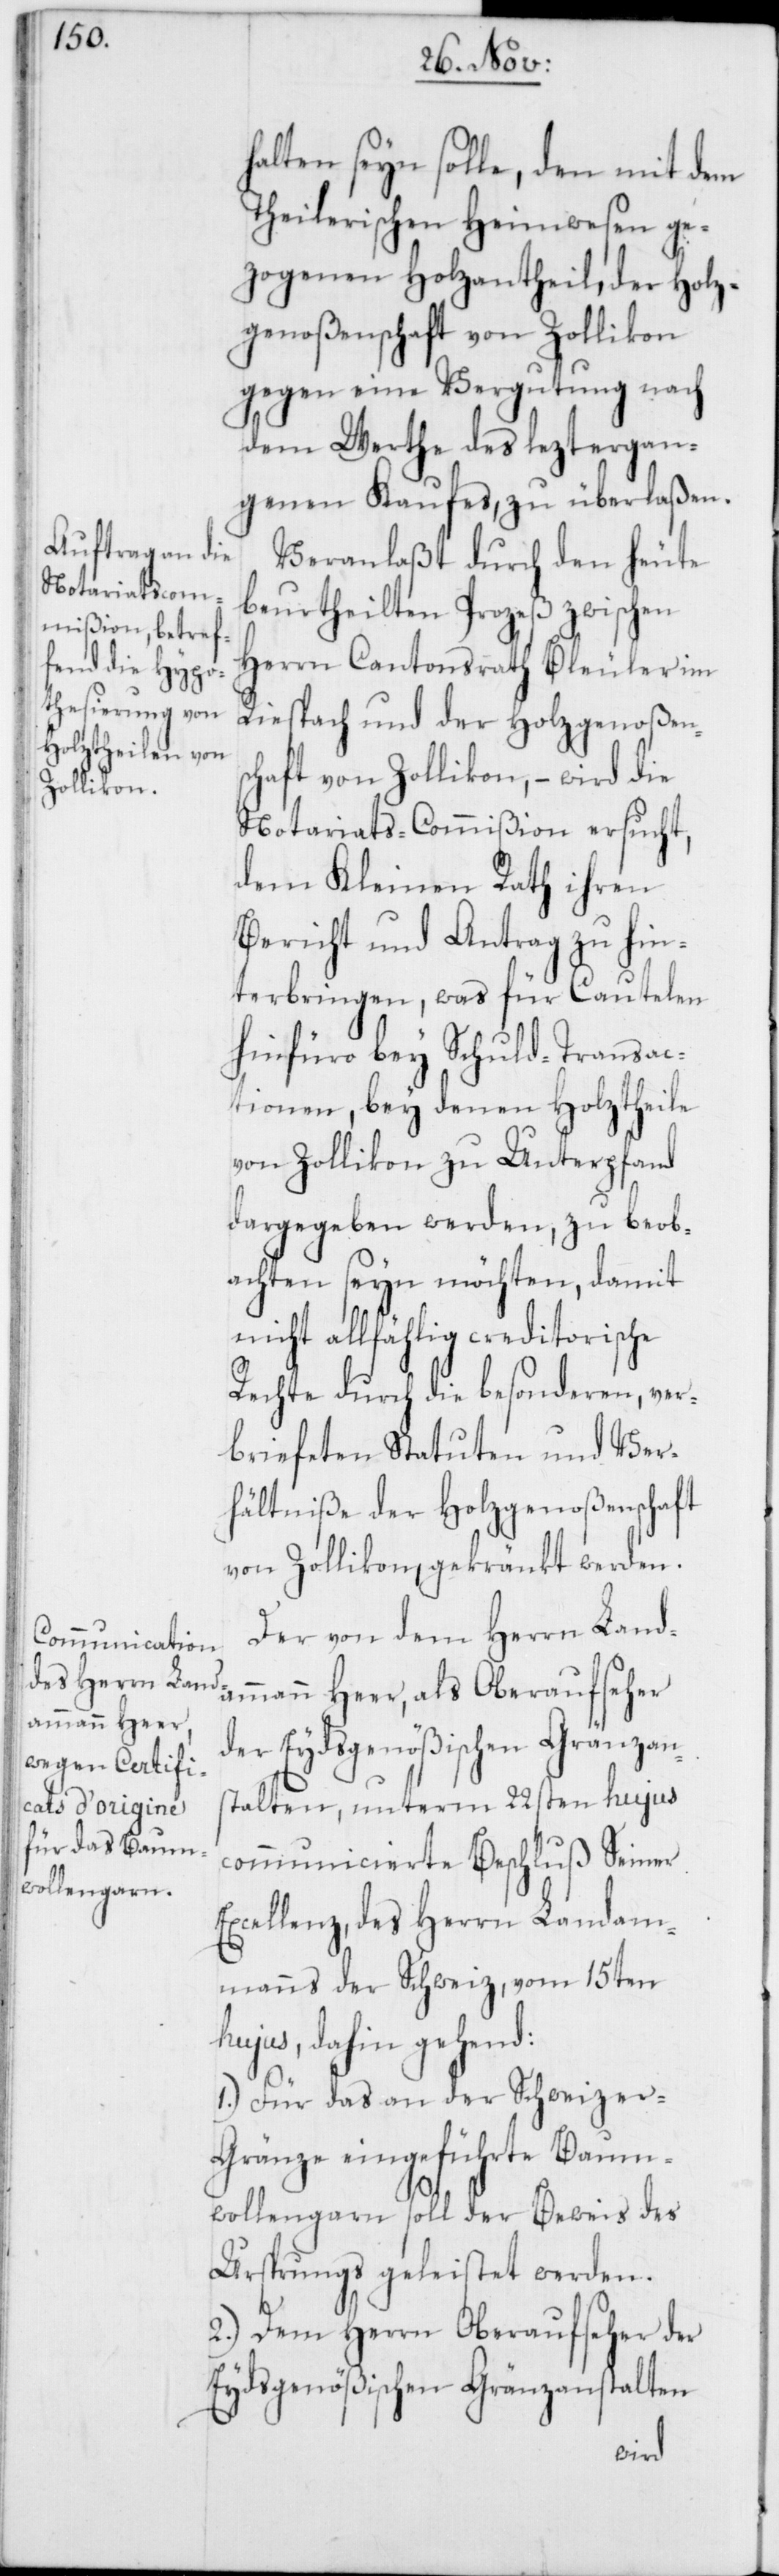
halten seyn solle, den mit dem
Theilerischen Heimwesen ge¬
zogenen Holzantheil, der Holz¬
genoßenschaft von Zollikon
gegen eine Vergutung nach
dem Werthe des leztergan¬
genen Kaufes, zu überlaßen.
Veranlaßt durch den heute
beurtheilten Prozeß zwischen
Herrn Cantonsrath Bleuler im
Riespach und der Holzgenoßens¬
chaft von Zollikon, – wird die
Notariats-Commißion ersucht,
dem Kleinen Rath ihren
Bericht und Antrag zu hin¬
terbringen, was für Cautelen
hinfüro bey Schuld-Transac¬
tionen, bey denen Holztheile
von Zollikon zu Unterpfand
dargegeben werden, zu beob¬
achten seyn möchten, damit
nicht allfählig creditorische
Rechte durch die besonderen, ver¬
briefeten Statuten und Ver¬
hältniße der Holzgenoßenschaft
von Zollikon, gekränkt werden.
Der von dem Herrn Land¬
ammann Heer, als Oberaufseher
der Eydsgenößischen Gränzan¬
stalten, unterm 22sten hujus
communicierte Beschluß Seiner
Excellenz, des Herrn Landam¬
manns der Schweiz, vom 15ten
hujus, dahin gehend:
1.) Für das an der Schweizer-G¬
ränze eingeführte Baum¬
wollengarn soll der Beweis des
Ursprungs geleistet werden.
2.) Dem Herrn Oberaufseher der
Eydsgenößischen Gränzanstalten